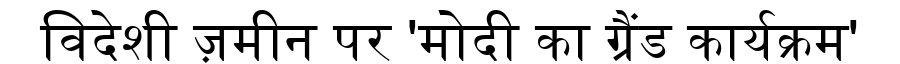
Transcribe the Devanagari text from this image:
विदेशी ज़मीन पर 'मोदी का ग्रैंड कार्यक्रम'